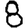
Digit: 8